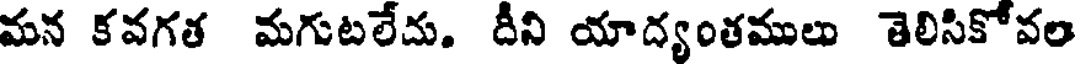
మన కవగత మగుటలేదు. దీని యాద్యంతములు తెలిసికోవల